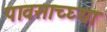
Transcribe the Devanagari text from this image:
पावसाच्घ्या